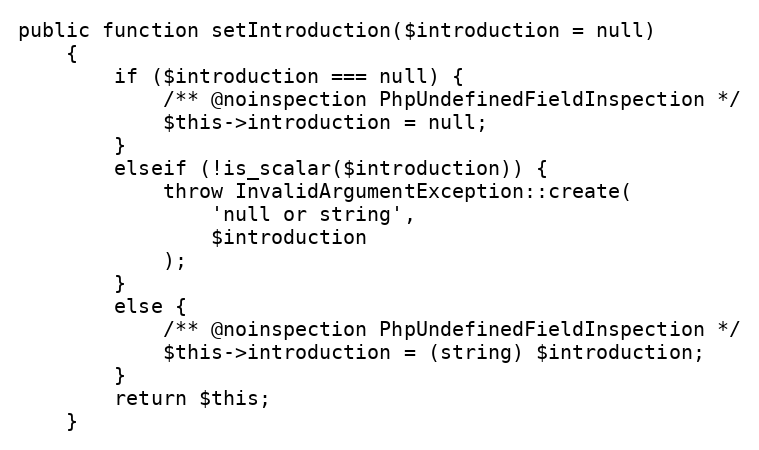
Language: PHP
public function setIntroduction($introduction = null)
    {
        if ($introduction === null) {
            /** @noinspection PhpUndefinedFieldInspection */
            $this->introduction = null;
        }
        elseif (!is_scalar($introduction)) {
            throw InvalidArgumentException::create(
                'null or string',
                $introduction
            );
        }
        else {
            /** @noinspection PhpUndefinedFieldInspection */
            $this->introduction = (string) $introduction;
        }
        return $this;
    }